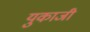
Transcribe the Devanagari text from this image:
युकाजी